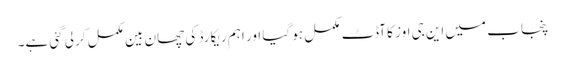
پنجاب میں این جی اوز کا آڈٹ مکمل ہو گیا اور اہم ریکارڈ کی چھان بین مکمل کرلی گئی ہے۔